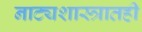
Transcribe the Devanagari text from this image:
नाट्यशास्त्रातही